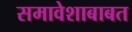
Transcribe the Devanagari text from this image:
समावेशाबाबत